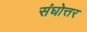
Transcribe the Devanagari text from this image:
संघोत्तर